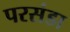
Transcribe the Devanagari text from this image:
परसंडा